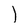
Character: I